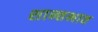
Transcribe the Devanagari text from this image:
शान्तभाव